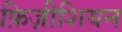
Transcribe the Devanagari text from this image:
फ़िज़ीशियन